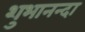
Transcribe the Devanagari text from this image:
शुभानन्दा